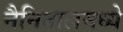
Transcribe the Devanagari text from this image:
नैनितालमध्ये